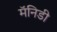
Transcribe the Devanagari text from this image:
मॅनिडी